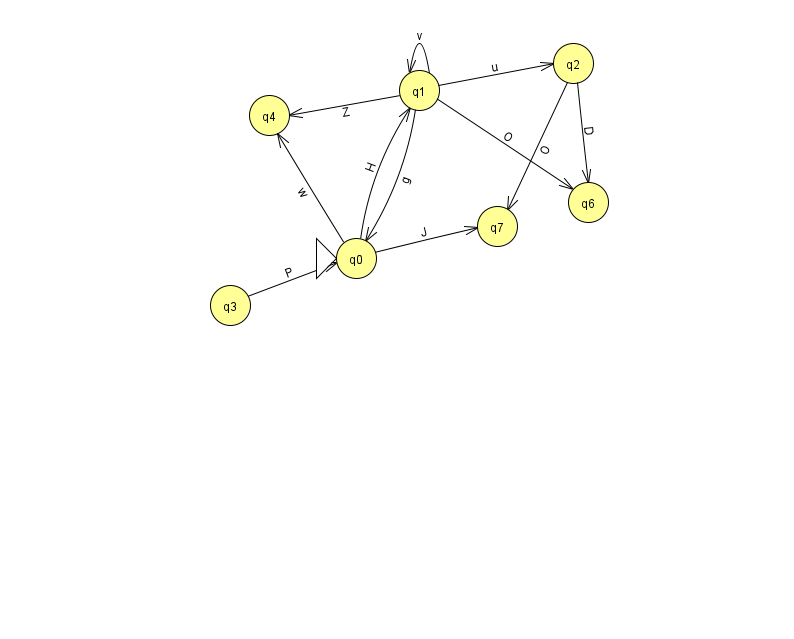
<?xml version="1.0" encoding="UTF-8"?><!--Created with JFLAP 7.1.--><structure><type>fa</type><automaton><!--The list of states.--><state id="0" name="q0"><x>356.0</x><y>245.0</y><initial/></state><state id="1" name="q1"><x>419.0</x><y>77.0</y></state><state id="2" name="q2"><x>573.0</x><y>50.0</y></state><state id="3" name="q3"><x>230.0</x><y>292.0</y></state><state id="4" name="q4"><x>269.0</x><y>102.0</y></state><state id="6" name="q6"><x>588.0</x><y>189.0</y></state><state id="7" name="q7"><x>497.0</x><y>213.0</y></state><!--The list of transitions.--><transition><from>0</from><to>7</to><read>J</read></transition><transition><from>1</from><to>2</to><read>u</read></transition><transition><from>0</from><to>4</to><read>w</read></transition><transition><from>0</from><to>1</to><read>H</read></transition><transition><from>1</from><to>1</to><read>v</read></transition><transition><from>1</from><to>4</to><read>Z</read></transition><transition><from>2</from><to>6</to><read>D</read></transition><transition><from>1</from><to>0</to><read>g</read></transition><transition><from>3</from><to>0</to><read>P</read></transition><transition><from>2</from><to>7</to><read>O</read></transition><transition><from>1</from><to>6</to><read>O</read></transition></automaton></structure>